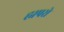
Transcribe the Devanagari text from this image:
ह्यपरो